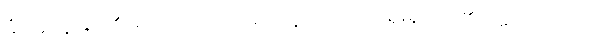
မံ၊ အကျွန်ုပ်၏။ ဉာဏေ၊ ဉာဏ်၌။ ပဋိဘာတိ၊ ရှေးရှုထင်၏။ ဣတိ၊ ဤသို့။